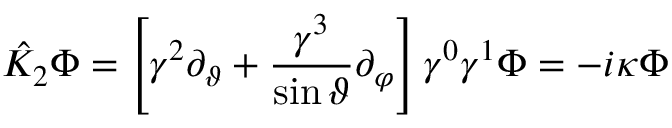
{ \hat { K } } _ { 2 } \Phi = \left[ \gamma ^ { 2 } \partial _ { \vartheta } + \frac { \gamma ^ { 3 } } { \sin \vartheta } \partial _ { \varphi } \right] \gamma ^ { 0 } \gamma ^ { 1 } \Phi = - i \kappa \Phi